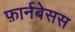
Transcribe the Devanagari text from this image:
फ़ार्नबेसस